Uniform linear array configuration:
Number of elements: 64
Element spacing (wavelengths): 1
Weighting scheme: kaiser
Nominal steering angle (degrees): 60
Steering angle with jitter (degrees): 58.09
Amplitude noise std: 0.05
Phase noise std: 0.05

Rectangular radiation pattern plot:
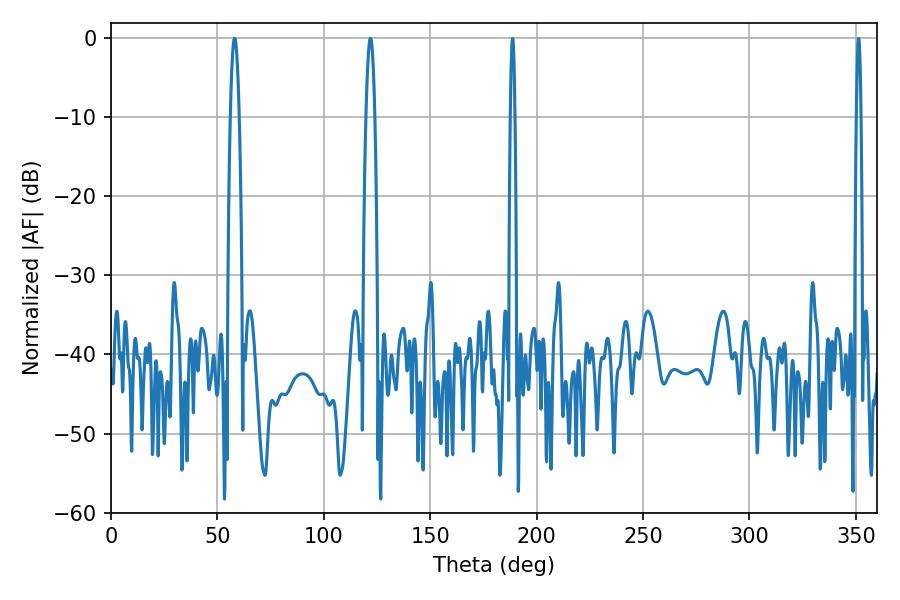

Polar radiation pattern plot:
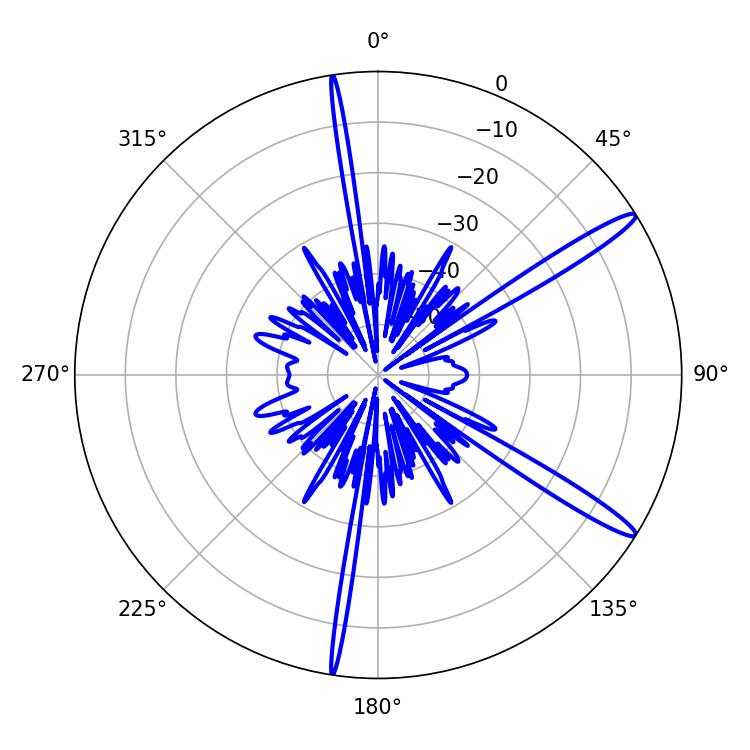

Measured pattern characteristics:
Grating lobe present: TRUE
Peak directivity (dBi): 14.727
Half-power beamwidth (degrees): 2.16
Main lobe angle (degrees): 58.14